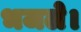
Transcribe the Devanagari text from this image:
भजले।